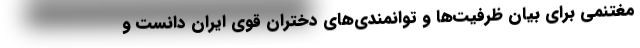
مغتنمی برای بیان ظرفیت‌ها و توانمندی‌های دختران قوی ایران دانست و